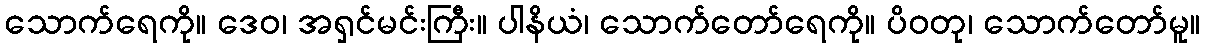
သောက်ရေကို။ ဒေဝ၊ အရှင်မင်းကြီး။ ပါနိယံ၊ သောက်တော်ရေကို။ ပိဝတု၊ သောက်တော်မူ။